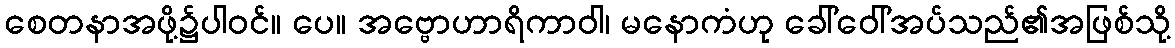
စေတနာအဖို့၌ပါဝင်။ ပေ။ အဗ္ဗောဟာရိကာဝါ၊ မနောကံဟု ခေါ်ဝေါ်အပ်သည်၏အဖြစ်သို့